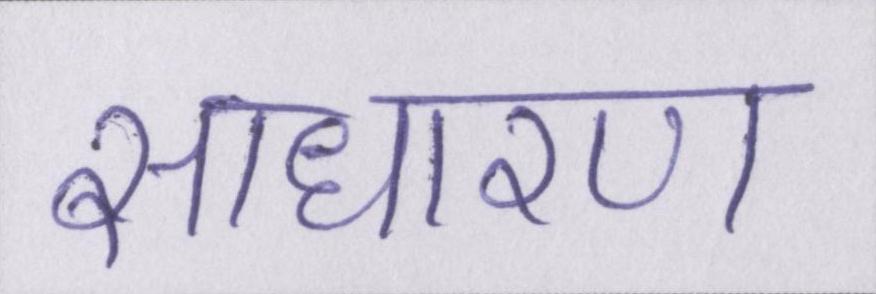
साधारण